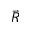
\vec { R }